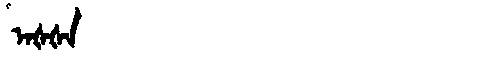
Manchu: ᠠᡧᡧᠠ
Romanization: AŠŠA